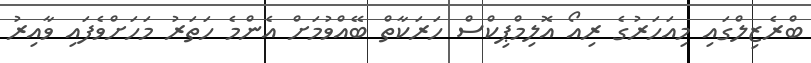
ބްރެޒިލްގައި މިއަހަރުގެ ރިއޯ އޮލިމްޕިކްސް ހަރަކާތް ބޭއްވުމަށް އެންމެ ހަތަރު މަހަށްވެފައި ވާއިރު